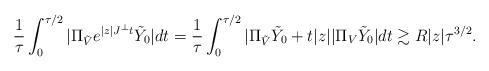
LaTeX: \begin{align*} \frac{1}{\tau}\int_0^{\tau/2}|\Pi_{\tilde{V}} e^{|z| J^\perp t}\tilde{Y}_0|dt = \frac{1}{\tau}\int_0^{\tau/2} |\Pi_{\tilde{V}} \tilde{Y}_0 + t|z| |\Pi_V \tilde{Y}_0| dt \gtrsim R |z|\tau^{3/2}.\end{align*}